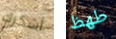
أشكرك طھظ